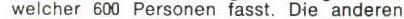
welcher 600 Personen fasst. Die anderen